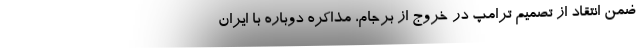
ضمن انتقاد از تصمیم ترامپ در خروج از برجام، مذاکره دوباره با ایران